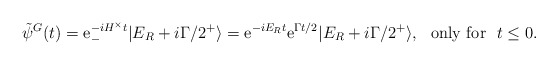
\begin{align*}\tilde\psi^G(t)=\textrm{e}_-^{-iH^\times t}|E_R+i\Gamma/2^+\rangle=\textrm{e}^{-iE_R t}\textrm{e}^{\Gamma t/2}|E_R+i\Gamma/2^+\rangle,\,\,\,\,\textup{only for}\,\,\,\,t\leq0.\end{align*}